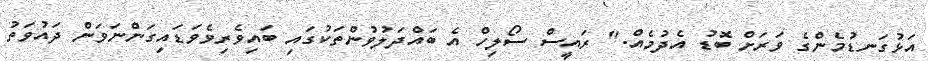
އަޅުގަނޑުމެންގެ ވަރަށް ބޮޑު އެދުމެއް." ރައީސް ސޯލިހް އެ ބައްދަލުވުންތަކުގައި ބައިވެރިވެވަޑައިގަންނަވަން ދައުވަތު